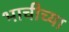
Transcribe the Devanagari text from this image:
भाचीच्या